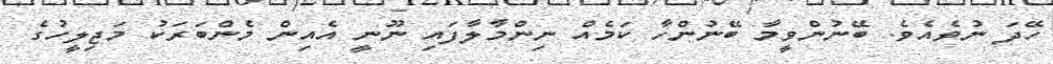
ހޭދަ ނުވެއެވެ. ބޭނުންވީމާ ބޭނުންހާ ކަމެއް ނިންމާލާފައި ނޫނީ އެއިން މެންބަރަކު މަޖިލީހުގެ